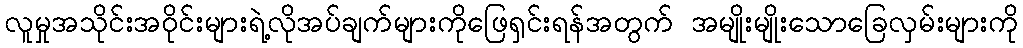
လူမှုအသိုင်းအဝိုင်းများရဲ့လိုအပ်ချက်များကိုဖြေရှင်းရန်အတွက် အမျိုးမျိုးသောခြေလှမ်းများကို